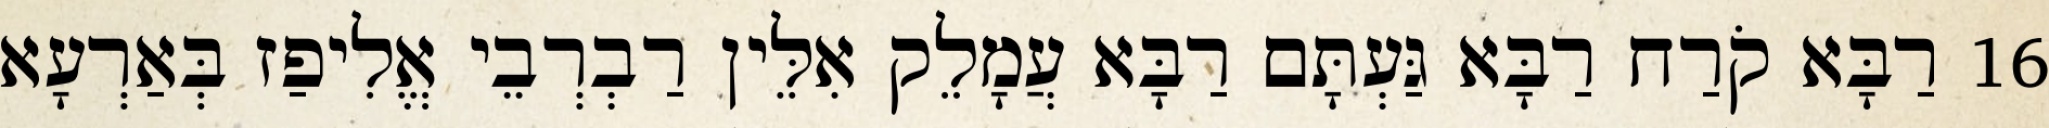
16 רַבָּא קֹרַח רַבָּא גַּעְתָּם רַבָּא עֲמָלֵק אִלֵּין רַבְרְבֵי אֱלִיפַז בְּאַרְעָא